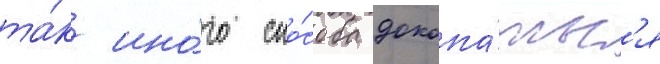
та́к ино́го спо́соба докопа́тьс'я